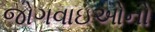
જોગવાઇઓનો